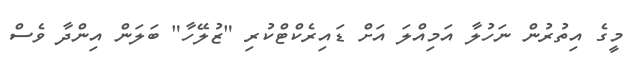
މީގެ އިތުރުން ނަހުލާ އަމިއްލަ އަށް ޑައިރެކްޓްކުރި "ޒުލޭހާ" ބަލަން އިންދާ ވެސް